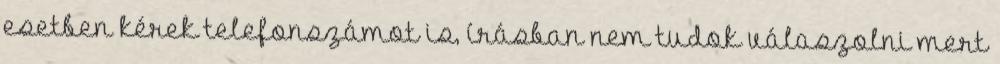
esetben kérek telefonszámot is, írásban nem tudok válaszolni mert